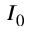
I _ { 0 }